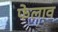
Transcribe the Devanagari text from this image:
फेलाव